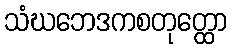
သံဃဘေဒကစတုတ္ထော